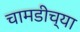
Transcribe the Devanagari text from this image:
चामडीच्या